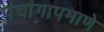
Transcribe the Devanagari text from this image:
पंचांगापमाणे